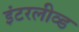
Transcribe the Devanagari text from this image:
इंटरलीव्ड